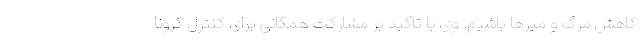
کاهش مرگ و میرها باشیم. وی با تاکید بر مشارکت همگانی برای کنترل کرونا